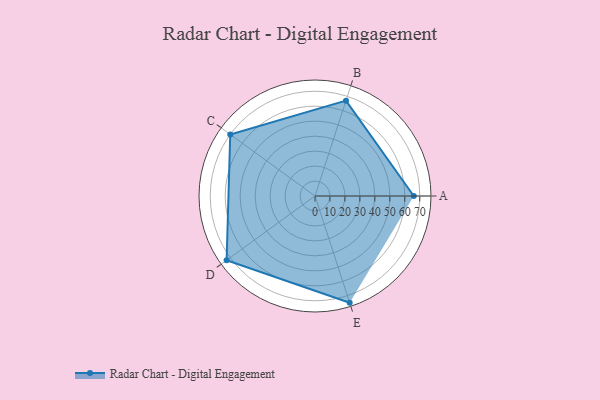
{"axis": {"x": "Skill", "y": "Score"}, "legend": ["Profile"], "data": [{"x": "A", "y": 66.0, "type": "Profile"}, {"x": "B", "y": 67.0, "type": "Profile"}, {"x": "C", "y": 70.0, "type": "Profile"}, {"x": "D", "y": 73.0, "type": "Profile"}, {"x": "E", "y": 75.0, "type": "Profile"}]}